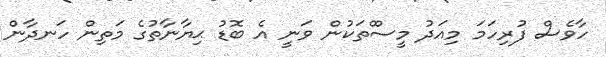
ހާވެސް ފުރިހަމަ މިއަދު މީސްްތަކުން ވަނީ އެ ބޮޑު ޙިޔާނާތުގެ މަތިން ހަނދާން